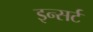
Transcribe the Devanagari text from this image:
इन्सर्ट